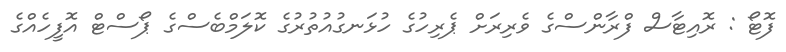
ފޮޓޯ : ރޮއިޓާސް ފްރާންސްގެ ވެރިރަށް ޕެރިހުގެ ހުޅަނގުއުތުރުގެ ކޮލަމްބެސްގެ ޕޯސްޓް އޮފީހެއްގެ